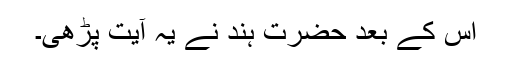
اس کے بعد حضرت ہند نے یہ آیت پڑھی۔